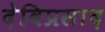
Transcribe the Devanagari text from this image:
देविप्रसाद